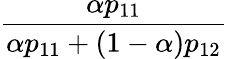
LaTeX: \frac{\alpha p_{11}}{\alpha p_{11}+(1-\alpha)p_{12}}